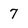
Character: 7